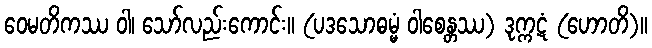
ဝေမတိကဿ ဝါ၊ သော်လည်းကောင်း။ (ပဒသောဓမ္မံ ဝါစေန္တဿ) ဒုက္ကဋံ (ဟောတိ)။